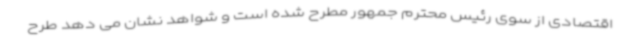
اقتصادی از سوی رئیس محترم جمهور مطرح شده است و شواهد نشان می دهد طرح